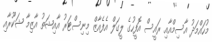
މުހައްމަދު އާސިމްއާއި ރައީސް އޮފީހުގެ ލީގަލް އެފެއާޒް މިނިސްޓަރު އާއިޝަތު އާޒިމާ ޝަކޫރާއި